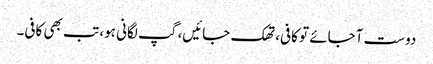
دوست آجائے تو کافی، تھک جائیں، گپ لگانی ہو، تب بھی کافی۔